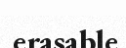
erasable